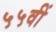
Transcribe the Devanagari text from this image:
५५वीं